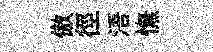
傲徑浯憮